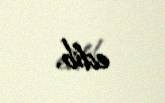
edib.